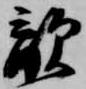
敵